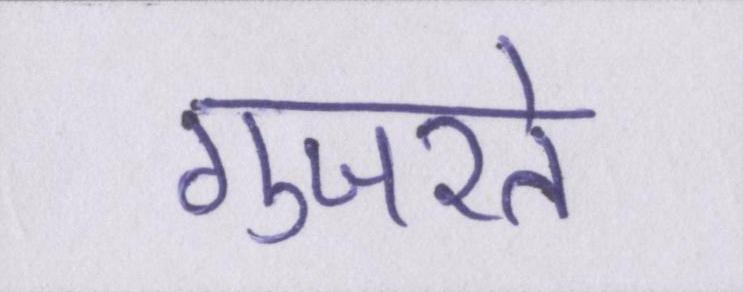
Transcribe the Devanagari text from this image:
गुजरते